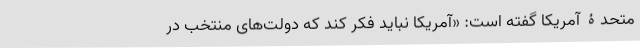
متحدۀ آمریکا گفته است: «آمریکا نباید فکر کند که دولت‌های منتخب در